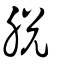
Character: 脫